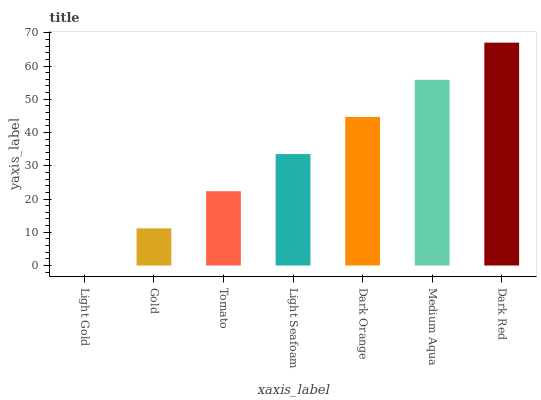
| xaxis_label | bars |
 | --- | --- |
 | Light Gold | 0 |
 | Gold | 11.2 |
 | Tomato | 22.3 |
 | Light Seafoam | 33.5 |
 | Dark Orange | 44.7 |
 | Medium Aqua | 55.9 |
 | Dark Red | 67 |